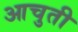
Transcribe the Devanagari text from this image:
आचुती